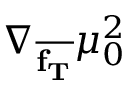
\nabla _ { \overline { { \mathbf { f _ { T } } } } } \mu _ { 0 } ^ { 2 }